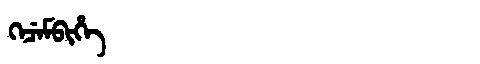
Manchu: ᡴᡝᠴᡝᠮᠪᡳᡥᡝ
Romanization: KECEMBIHE